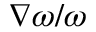
\nabla \omega / \omega